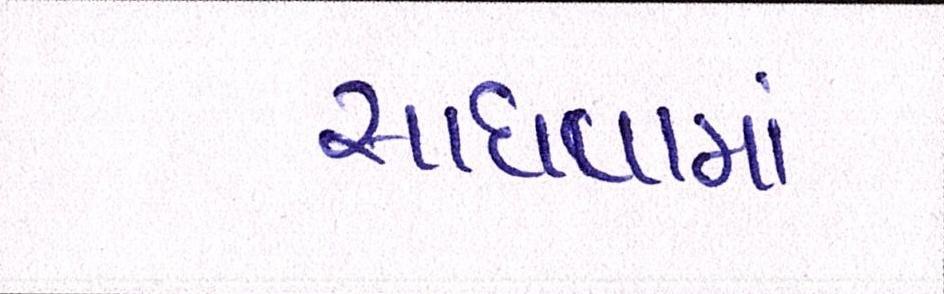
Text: સાધવામાં